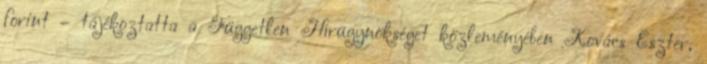
forint – tájékoztatta a Független Hírügynökséget közleményében Kovács Eszter,